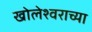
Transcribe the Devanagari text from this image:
खोलेश्वराच्या